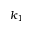
k _ { 1 }